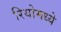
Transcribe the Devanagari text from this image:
रियोमध्ये